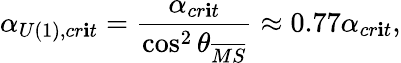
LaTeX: \alpha_{U(1),cr\mathbf{i}t}=\frac{{\alpha_{cr\mathbf{i}t}}}{{\cos^{2}\theta_{\overline{{{{MS}}}}}}}\approx0.77\alpha_{cr\mathbf{i}t},